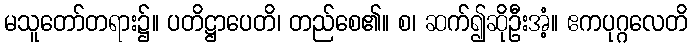
မသူတော်တရား၌။ ပတိဋ္ဌာပေတိ၊ တည်စေ၏။ စ၊ ဆက်၍ဆိုဦးအံ့။ ဧကပုဂ္ဂလေတိ